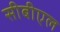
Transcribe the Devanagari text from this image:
सीबीएल